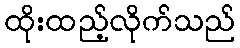
ထိုးထည့်လိုက်သည်